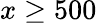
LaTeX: x\geq 500